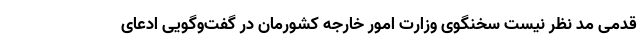
قدمی مد نظر نیست سخنگوی وزارت امور خارجه کشورمان در گفت‌وگویی ادعای